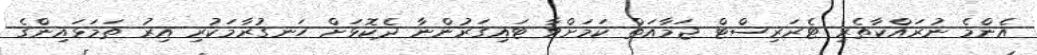
އެންމެ ނުރައްކާތެރި ޓެރަރިސްޓް ޖަމާއަތް ކަމަށްވާ ޓައިގަރުންނާ ދެކޮޅަށް ހަނގުރާމަކުރި އިރު ތަމަޅައިންގެ